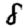
Digit: 8